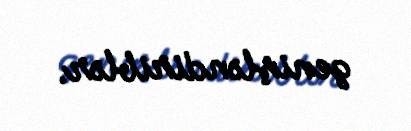
genişləndiriblər.